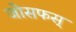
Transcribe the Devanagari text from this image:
जोसफस्